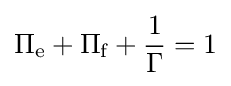
\Pi _{\text{e}}+\Pi _{\text{f}}+{\frac {1}{\Gamma }}=1